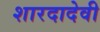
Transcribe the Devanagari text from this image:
शारदादेवी